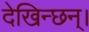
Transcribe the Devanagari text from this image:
देखिन्छन्।